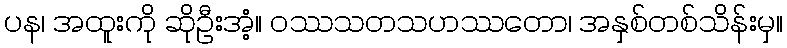
ပန၊ အထူးကို ဆိုဦးအံ့။ ဝဿသတသဟဿတော၊ အနှစ်တစ်သိန်းမှ။